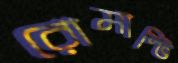
রোমান্টি